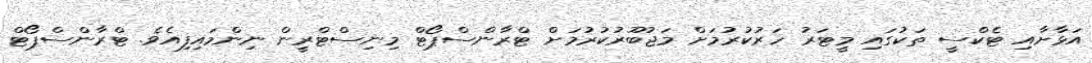
އަޅާށާއި ޓެކްސީ ތަކުގައި މީޓަރު ހަރުކުރުމަށް މަޖުބޫރުކުރުމަށް ޓްރާންސްޕޯޓް މިނިސްޓްރީން ނިންމައިފިއެވެ. ޓްރާންސްޕޯޓް